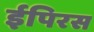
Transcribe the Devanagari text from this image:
ईपिरस